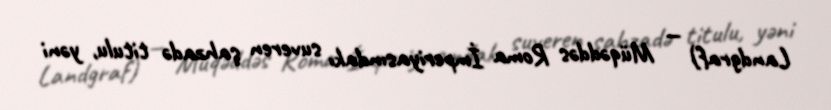
Landgraf) — Müqəddəs Roma İmperiyasındakı suveren şahzadə titulu, yəni